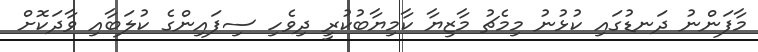
މާފަންނު ދަނޑުގައި ކުޅުނު މިމެޗު މާޒިޔާ ކާމިޔާބުކުރީ ދިވެހި ސިފައިންގެ ކުލަބާއި ވާދަކޮށް